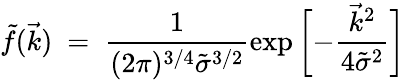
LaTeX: \tilde{f}(\vec{k})\ =\ \frac{1}{(2\pi)^{3/4}\tilde{\sigma}^{3/2}}\exp{\biggl[-\frac{\vec{k}^{2}}{4\tilde{\sigma}^{2}}\biggr]}